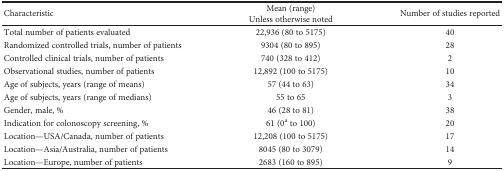
| Characteristic | Mean (range)Unless otherwise noted | Number of studies reported |
 | --- | --- | --- |
 | Total number of patients evaluated | 22,936 (80 to 5175) | 40 |
 | Randomized controlled trials, number of patients | 9304 (80 to 895) | 28 |
 | Controlled clinical trials, number of patients | 740 (328 to 412) | 2 |
 | Observational studies, number of patients | 12,892 (100 to 5175) | 10 |
 | Age of subjects, years (range of means) | 57 (44 to 63) | 34 |
 | Age of subjects, years (range of medians) | 55 to 65 | 3 |
 | Gender, male, % | 46 (28 to 81) | 38 |
 | Indication for colonoscopy screening, % | 61 (0a to 100) | 20 |
 | Location—USA/Canada, number of patients | 12,208 (100 to 5175) | 17 |
 | Location—Asia/Australia, number of patients | 8045 (80 to 3079) | 14 |
 | Location—Europe, number of patients | 2683 (160 to 895) | 9 |